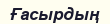
Ғасырдың